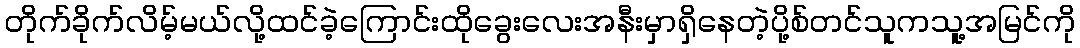
တိုက်ခိုက်လိမ့်မယ်လို့ထင်ခဲ့ကြောင်းထိုခွေးလေးအနီးမှာရှိနေတဲ့ပို့စ်တင်သူကသူ့အမြင်ကို